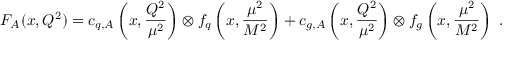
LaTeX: F _ { A } ( x , Q ^ { 2 } ) = c _ { q , A } \left( x , \frac { Q ^ { 2 } } { \mu ^ { 2 } } \right) \otimes f _ { q } \left( x , \frac { \mu ^ { 2 } } { M ^ { 2 } } \right) + c _ { g , A } \left( x , \frac { Q ^ { 2 } } { \mu ^ { 2 } } \right) \otimes f _ { g } \left( x , \frac { \mu ^ { 2 } } { M ^ { 2 } } \right) ~ .